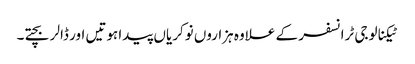
ٹیکنالوجی ٹرانسفر کے علاوہ ہزاروں نوکریاں پیدا ہوتیں اور ڈالر بچتے۔